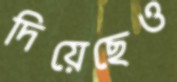
দিয়েছেও